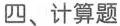
四、计算题